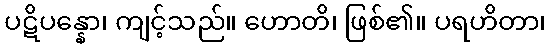
ပဋိပန္နော၊ ကျင့်သည်။ ဟောတိ၊ ဖြစ်၏။ ပရဟိတာ၊